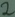
Text: 2